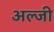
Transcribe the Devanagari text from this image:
अल्जी